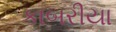
કાબરીયા